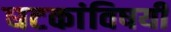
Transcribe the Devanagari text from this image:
घटकांविषयी